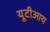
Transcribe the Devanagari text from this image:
यूटीआय